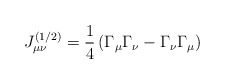
\begin{align*}J_{\mu \nu }^{(1/2)}=\frac 14\left( \Gamma _\mu \Gamma _\nu -\Gamma _\nu\Gamma _\mu \right) \end{align*}